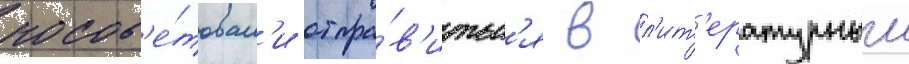
посов'е́товал'и отпра́в'итьс'я в л'ит'ературныи